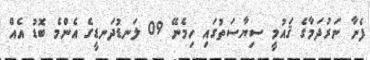
ފެނާ ނަރުދަމާގެ ޤައުމީ ސިޔާސަތުގައި ހިމެނޭ 09 ލަނޑުދަނޑީގެ އެންމެ ބޮޑު އެއް